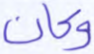
وكان